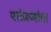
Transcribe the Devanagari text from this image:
परांजप्यांचा